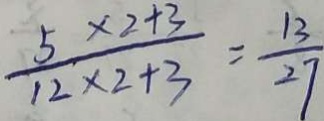
\frac { 5 \times 2 + 3 } { 1 2 \times 2 + 3 } = \frac { 1 3 } { 2 7 }